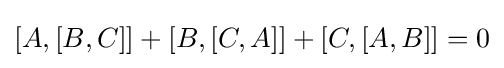
[A,[B,C]]+[B,[C,A]]+[C,[A,B]]=0